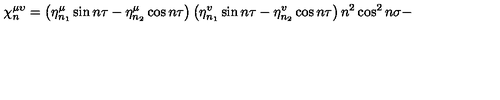
{ \ \chi _ { n } ^ { \mu \upsilon } = \left( \eta _ { n _ { 1 } } ^ { \mu } \sin n \tau - \eta _ { n _ { 2 } } ^ { \mu } \cos n \tau \right) \left( \eta _ { n _ { 1 } } ^ { v } \sin n \tau - \eta _ { n _ { 2 } } ^ { v } \cos n \tau \right) n ^ { 2 } \cos ^ { 2 } n \sigma - }